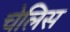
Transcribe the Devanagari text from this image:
चेलिस